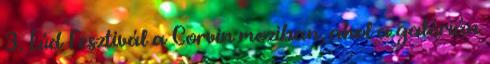
3. Lúd Fesztivál a Corvin moziban, ahol a galérián